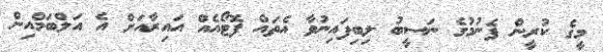
މީގެ ކުރީން ފެނުމުގެ ނަސީބު ލިބިފައިނުވާ އެތައް ފޮޓޯއެއް އައިރާއަށް އެ އަލްބަމްއިން